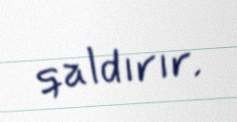
qaldırır.